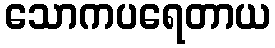
သောကပရေတာယ